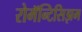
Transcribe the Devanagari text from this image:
रोमॅन्टिसिझम